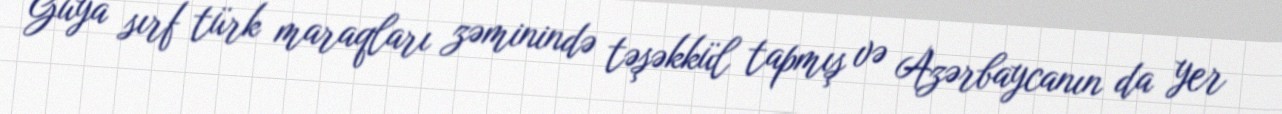
Guya sırf türk maraqları zəminində təşəkkül tapmış və Azərbaycanın da yer